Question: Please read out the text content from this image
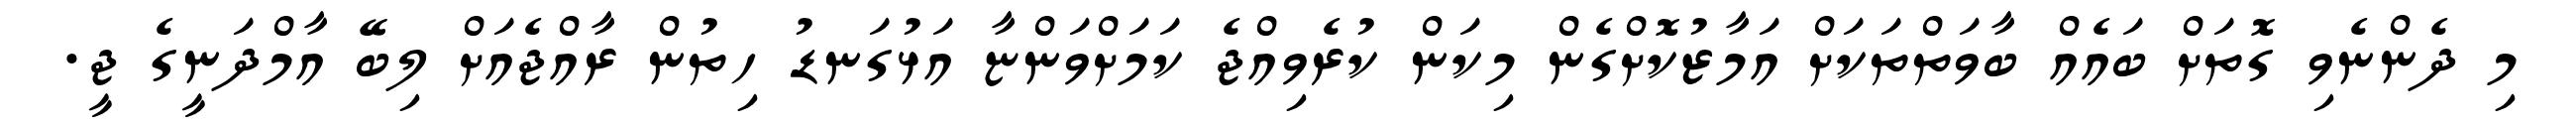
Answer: މި ދެންނެވި ގޮތަށް ބައެއް ބާވަތްތަކަށް އަމާޒުކޮށްގެން މިކަން ކުރެވިއްޖެ ކަމަށްވަންޏާ އަޅުގަނޑު ހިތުން ރާއްޖެއަށް ލިބޭ އާމްދަނީގެ ޖީ.